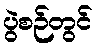
ပွဲစဉ်တွင်